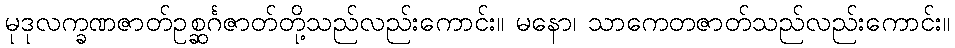
မုဒုလက္ခဏဇာတ်ဥစ္ဆင်္ဂဇာတ်တို့သည်လည်းကောင်း။ မနော၊ သာကေတဇာတ်သည်လည်းကောင်း။